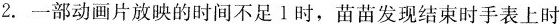
2.一部动画片放映的时间不足1时，苗苗发现结束时手表上时